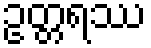
ဥတ္တရဿ